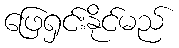
ဖြေရှင်းနိုင်မည်